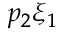
p _ { 2 } \xi _ { 1 }